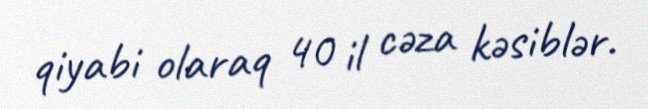
qiyabi olaraq 40 il cəza kəsiblər.